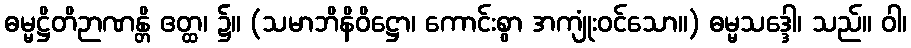
ဓမ္မဋ္ဌိတိဉာဏန္တိ ဧတ္ထ၊ ၌။ (သမာဘိနိဝိဋ္ဌော၊ ကောင်းစွာ အကျုံးဝင်သော။) ဓမ္မသဒ္ဒေါ၊ သည်။ ဝါ၊